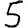
Digit: 5